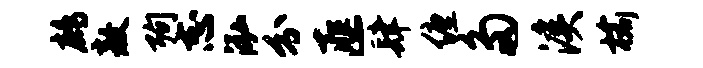
鹧敖殉志泓分匪肆缠多溪榆